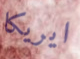
ايريكا